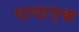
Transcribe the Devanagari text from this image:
पायाएक